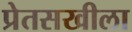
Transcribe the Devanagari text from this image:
प्रेतसखीला